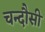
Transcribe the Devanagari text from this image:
चन्‍दौसी